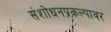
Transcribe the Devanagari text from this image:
संशोधनप्रकल्पावर